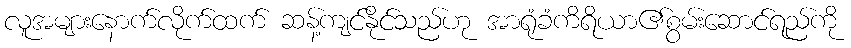
လူအများနောက်လိုက်ထက် ဆန့်ကျင်နိုင်သည်ဟု အာရုံခံကိရိယာ၏စွမ်းဆောင်ရည်ကို